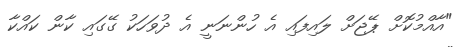
"އާއްމުކޮށް ޕޭޖަށް ލައިފައި އެ ހުންނަނީ އެ ދުވަހަކު ގޭގައި ކާން ކައްކާ